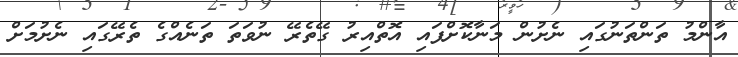
އާންމު ތަންތަނުގައި ނެށުން މަނާކޮށްފައި އޮތްއިރު ގޭތެރޭ ނުވަތަ ތަނެއްގެ ތެރޭގައި ނެށުމަށް